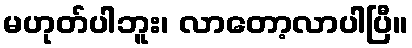
မဟုတ်ပါဘူး၊ လာတော့လာပါပြီ။